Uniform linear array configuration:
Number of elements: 12
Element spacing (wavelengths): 0.5
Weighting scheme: binomial
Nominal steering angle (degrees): -45
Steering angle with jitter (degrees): -44.752
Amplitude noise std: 0.05
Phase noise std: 0.05

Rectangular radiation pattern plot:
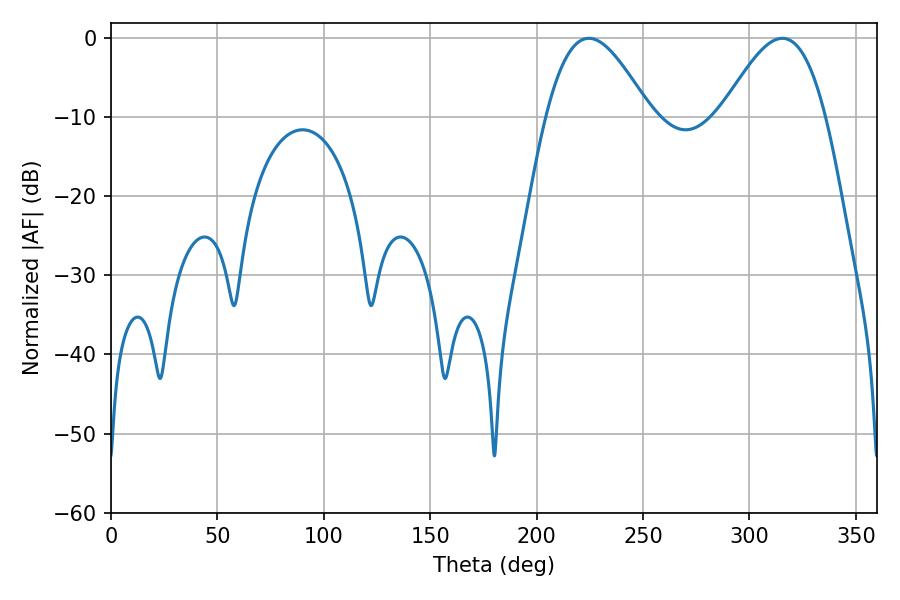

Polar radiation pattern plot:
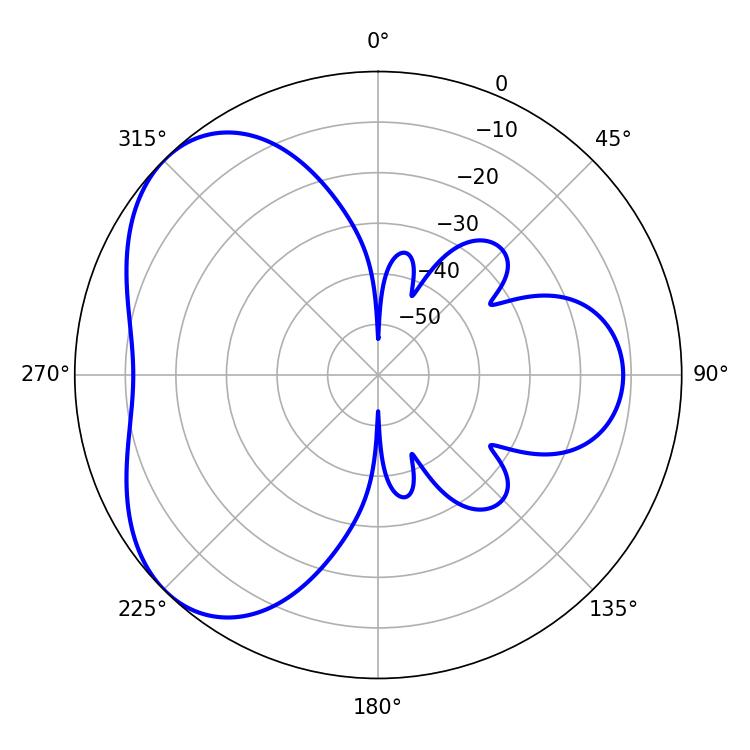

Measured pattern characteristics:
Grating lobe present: FALSE
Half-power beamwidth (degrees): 26.28
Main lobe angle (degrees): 224.46